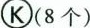
K(8个)